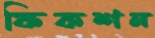
ফিকশন